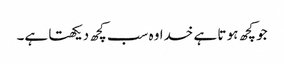
جو کچھ ہو تا ہے خدا وہ سب کچھ دیکھتا ہے۔